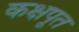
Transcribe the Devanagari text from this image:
कक्षपूत